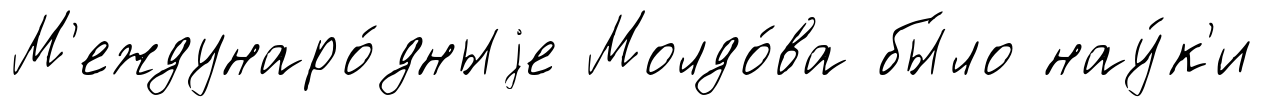
М'еждунаро́дныjе Молдо́ва бы́ло нау́к'и